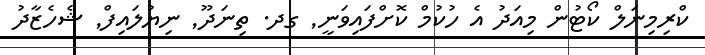
ކްރިމިނަލް ކޯޓުން މިއަދު އެ ހުކުމް ކޮށްފައިވަނީ